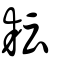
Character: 耘